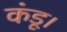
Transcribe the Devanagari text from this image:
कंडू।